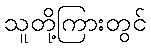
သူတို့ကြားတွင်